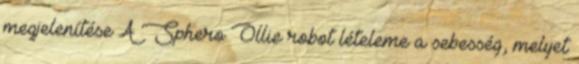
megjelenítése A Sphero Ollie robot lételeme a sebesség, melyet